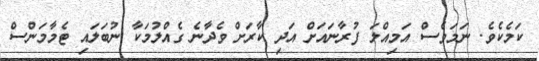
ކަމެކެވެ. ނަމަވެސް އަމިއްލަ ފުރާނައަށް އަދި ކާރަށް ވެދާނެ ގެއްލުމަކާ ނުބަލައި ޓެމާމަންސް